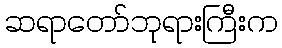
ဆရာတော်ဘုရားကြီးက